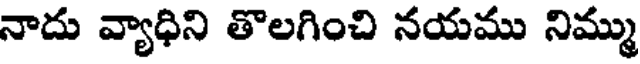
నాదు వ్యాధిని తొలగించి నయము నిమ్ము